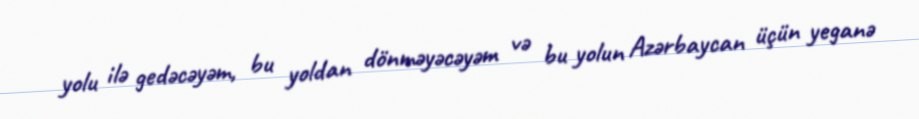
yolu ilə gedəcəyəm, bu yoldan dönməyəcəyəm və bu yolun Azərbaycan üçün yeganə